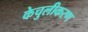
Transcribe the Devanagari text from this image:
केचुलीकरण